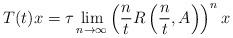
LaTeX: \begin{align*}T(t)x=\tau\lim_{n\to\infty}\left(\frac{n}{t}R\left(\frac{n}{t},A\right)\right)^{n}x\end{align*}